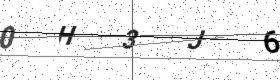
Text: 0H3J6